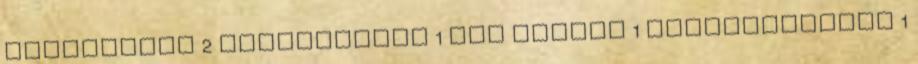
mártogatós 2 márványsajt 1 mie tészta 1 narancslekvár 1